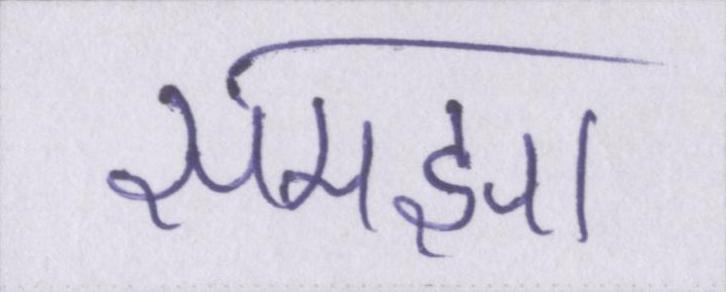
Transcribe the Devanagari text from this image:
समझा